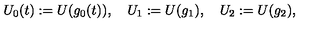
U _ { 0 } ( t ) : = U ( g _ { 0 } ( t ) ) , \quad U _ { 1 } : = U ( g _ { 1 } ) , \quad U _ { 2 } : = U ( g _ { 2 } ) ,